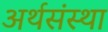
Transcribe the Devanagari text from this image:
अर्थसंस्था